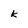
Character: k